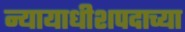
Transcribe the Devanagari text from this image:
न्यायाधीशपदाच्या